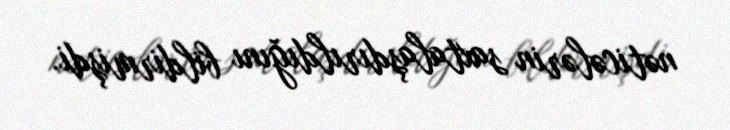
nəticələrin saxtalaşdırıldığını bildirmişdi.